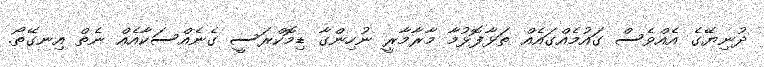
ދުނިޔޭގެ އެއްވެސް ގައުމެއްގައެއް ތަޅާފޮޅުމާ މާރާމާރީ ނުހިންގާ ޑިމޮކްރަސީ ގެނެއްސަކާއެއް ނެތް އިނގޭތޯ.